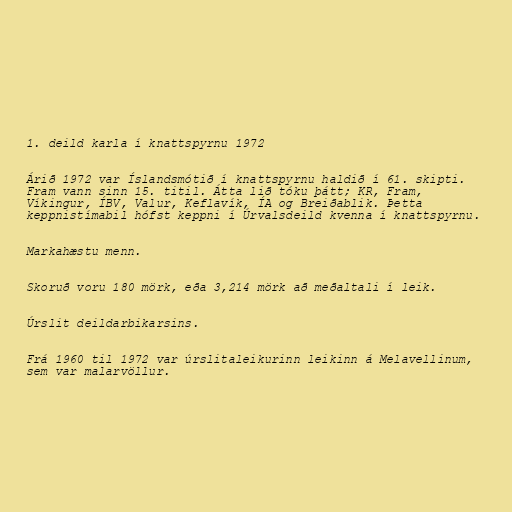
1. deild karla í knattspyrnu 1972

Árið 1972 var Íslandsmótið í knattspyrnu haldið í 61. skipti.
Fram vann sinn 15. titil. Átta lið tóku þátt; KR, Fram,
Víkingur, ÍBV, Valur, Keflavík, ÍA og Breiðablik. Þetta
keppnistímabil hófst keppni í Úrvalsdeild kvenna í knattspyrnu.

Markahæstu menn.

Skoruð voru 180 mörk, eða 3,214 mörk að meðaltali í leik.

Úrslit deildarbikarsins.

Frá 1960 til 1972 var úrslitaleikurinn leikinn á Melavellinum,
sem var malarvöllur.